Note on the mental hospitals in Burma - 1925-1940
Year: 1925
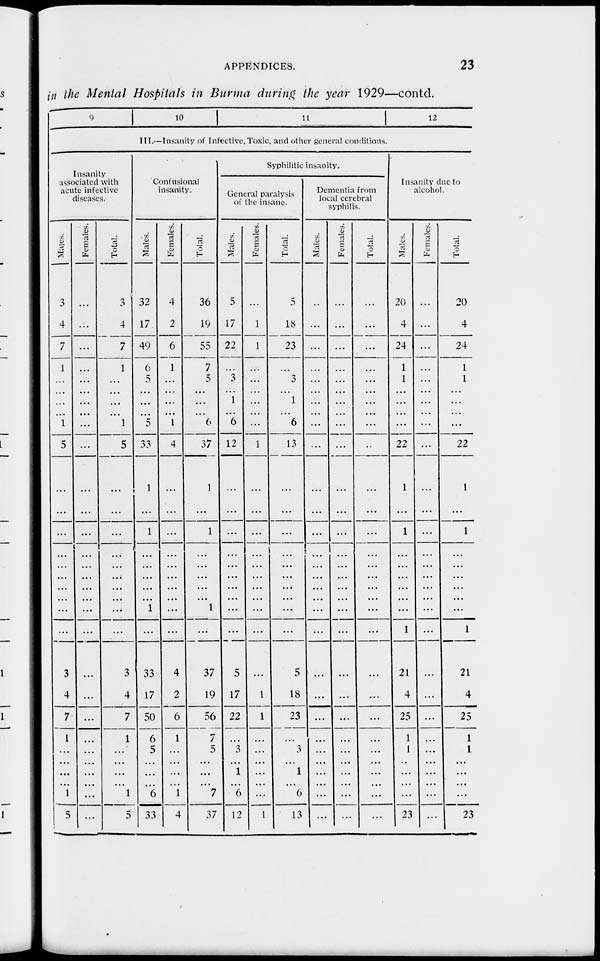
APPENDICES.
23
in the Mental Hospitals in Burma during the year 1929—contd.
9
10
11 12
III.—Insanity of Infective, Toxic, and other general conditions.
Insanity
associated with
acute infective
diseases.
Males.
3
4
7
1
...
...
...
...
1
5
...
...
...
...
...
...
...
...
...
...
3
4
7
1
...
...
...
...
1
5
Females.
...
...
...
...
...
...
...
...
...
...
...
...
...
...
...
...
...
...
...
...
...
...
...
...
...
...
...
...
...
...
Total.
3
4
7
1
...
...
...
...
1
5
...
...
...
...
...
...
...
...
...
...
3
4
7
1
...
...
...
...
1
5
Confusional
insanity.
Males.
32
17
49
6
5
...
...
...
5
33
1
...
1
...
...
...
...
...
1
...
33
17
50
6
5
...
...
...
6
33
Females.
4
2
6
1
...
...
...
...
1
4
...
...
...
...
...
...
...
...
...
...
4
2
6
1
...
...
...
...
1
4
Total.
36
19
55
7
5
...
...
...
6
37
1
...
1
...
...
...
...
...
1
...
37
19
56
7
5
...
...
...
7
37
Syphilitic insanity.
General paralysis
of the insane.
Males.
5
17
22
...
3
...
1
...
6
12
...
...
...
...
...
...
...
...
...
...
5
17
22
...
3
...
1
...
6
12
Females.
...
1
1
...
...
...
...
...
...
1
...
...
...
...
...
...
...
...
...
...
...
1
1
...
...
...
...
...
...
1
Total.
5
18
23
...
3
...
1
...
6
13
...
...
...
...
...
...
...
...
...
...
5
18
23
...
3
...
1
...
6
13
Dementia from
local cerebral
syphilis.
Males.
...
...
...
...
...
...
...
...
...
...
...
...
...
...
...
...
...
...
...
...
...
...
...
...
...
...
...
...
...
...
Females.
...
...
...
...
...
...
...
...
...
...
...
...
...
...
...
...
...
...
...
...
...
...
...
...
...
...
...
...
...
...
Total.
...
...
...
...
...
...
...
...
...
...
...
...
...
...
...
...
...
...
...
...
...
...
...
...
...
...
...
...
...
...
Insanity due to
alcohol.
Males.
20
4
24
1
1
...
...
...
...
22
1
...
1
...
...
...
...
...
...
1
21
4
25
1
1
...
...
...
...
23
Females.
...
...
...
...
...
...
...
...
...
...
...
...
...
...
...
...
...
...
...
...
...
...
...
...
...
...
...
...
...
...
Total.
20
4
24
1
1
...
...
...
...
22
1
...
1
...
...
...
...
...
...
1
21
4
25
1
1
...
...
...
...
23